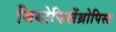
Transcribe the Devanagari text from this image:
थियोफिलेंथ्रोपिस्ट